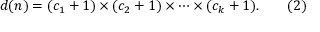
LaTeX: d ( n ) = ( c _ { 1 } + 1 ) \times ( c _ { 2 } + 1 ) \times \cdots \times ( c _ { k } + 1 ) . \qquad ( 2 )